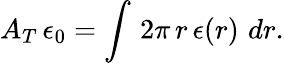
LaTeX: A_{T}\, \epsilon_{0}=\int\, 2\pi\, r\, \epsilon(r)\, \, dr.